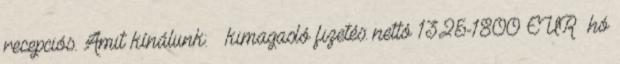
recepciós. Amit kínálunk: – kimagasló fizetés: nettó 1325-1800 EUR hó